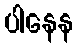
ပါနေန